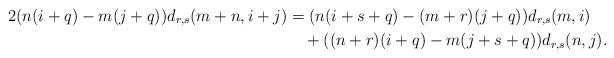
LaTeX: \begin{align*}2(n(i+q)-m(j+q))d_{r,s}(m+n,i+j)&=(n(i+s+q)-(m+r)(j+q))d_{r,s}(m,i)\\&\quad+((n+r)(i+q)-m(j+s+q))d_{r,s}(n,j).\end{align*}